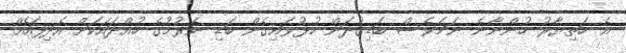
އެ ހަތިޔާރު ހުންނާނެ ނަމަވެސް ބަޑިގުދަން ހުޅުވައިގެން ބަޑި ނެރުމުގެ ހުއްދައަކަށް އެދިފައެއް